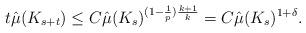
LaTeX: \begin{align*}t\hat\mu (K_{s+t})\le C\hat\mu (K_s)^{(1-\frac{1}{p})\frac{k+1}{k}}=C\hat\mu (K_s)^{1+\delta}.\end{align*}